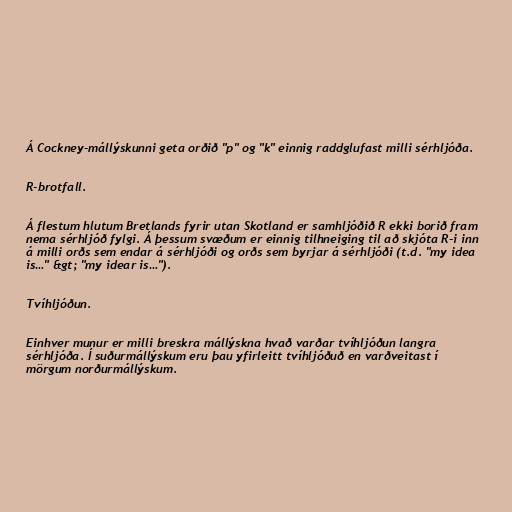
Á Cockney-mállýskunni geta orðið "p" og "k" einnig raddglufast milli sérhljóða.

R-brotfall.

Á flestum hlutum Bretlands fyrir utan Skotland er samhljóðið R ekki borið fram
nema sérhljóð fylgi. Á þessum svæðum er einnig tilhneiging til að skjóta R-i inn
á milli orðs sem endar á sérhljóði og orðs sem byrjar á sérhljóði (t.d. "my idea
is…" &gt; "my idear is…").

Tvíhljóðun.

Einhver munur er milli breskra mállýskna hvað varðar tvíhljóðun langra
sérhljóða. Í suðurmállýskum eru þau yfirleitt tvíhljóðuð en varðveitast í
mörgum norðurmállýskum.